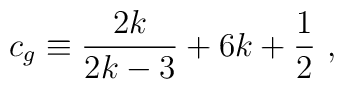
c_g\equiv\frac{2k}{2k-3}+6k+\frac{1}{2} ~,